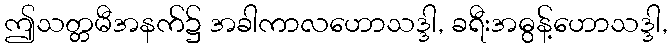
ဤသတ္တမီအနက်၌ အခါကာလဟောသဒ္ဒါ, ခရီးအဓွန့်ဟောသဒ္ဒါ,